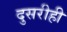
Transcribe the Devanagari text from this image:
दुसरीही